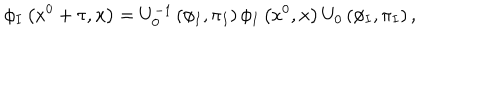
LaTeX: \phi _ { I } \left( x ^ { 0 } + \tau , { \bf x } \right) = U _ { 0 } ^ { - 1 } \left( \phi _ { I } , \pi _ { I } \right) \phi _ { I } \left( x ^ { 0 } , { \bf x } \right) U _ { 0 } \left( \phi _ { I } , \pi _ { I } \right) ,